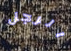
الرجل